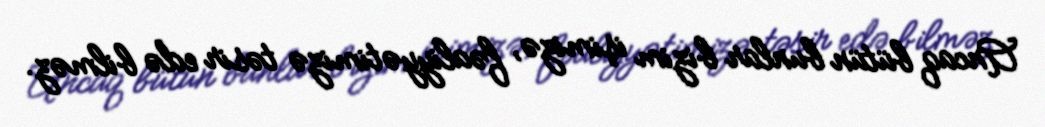
Ancaq bütün bunlar bizim işimizə, fəaliyyətimizə təsir edə bilməz.